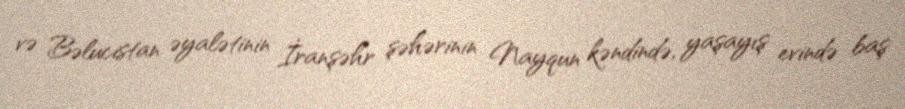
və Bəlucistan əyalətinin İranşəhr şəhərinin Nayqun kəndində, yaşayış evində baş